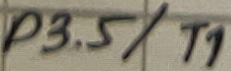
Text: P3.5/T1